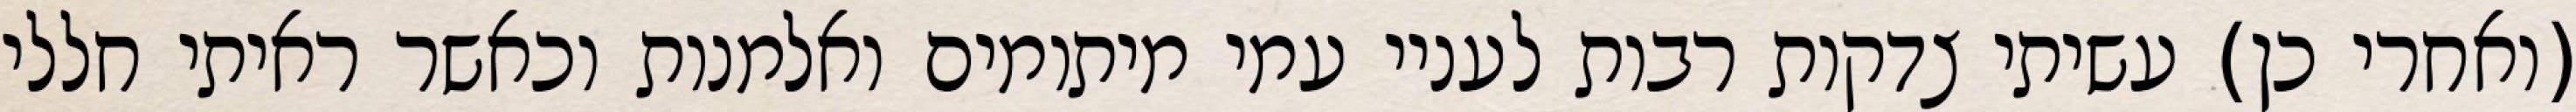
(ואחרי כן) עשיתי צדקות רבות לעניי עמי מיתומים ואלמנות וכאשר ראיתי חללי